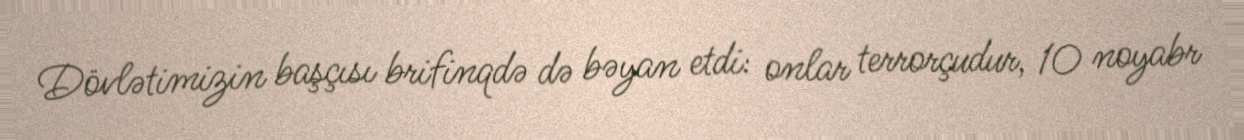
Dövlətimizin başçısı brifinqdə də bəyan etdi: onlar terrorçudur, 10 noyabr